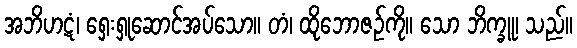
အဘိဟဋံ၊ ရှေးရှုဆောင်အပ်သော။ တံ၊ ထိုဘောဇဉ်ကို။ သော ဘိက္ခူ၊ သည်။